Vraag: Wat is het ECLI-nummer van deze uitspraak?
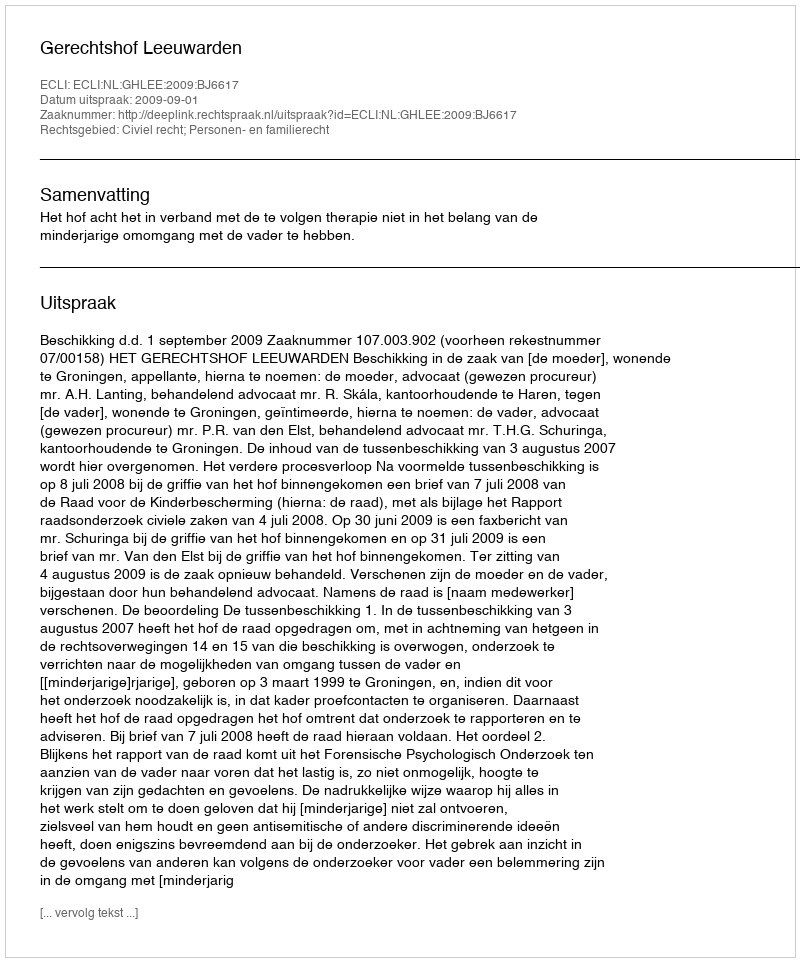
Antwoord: ECLI:NL:GHLEE:2009:BJ6617